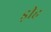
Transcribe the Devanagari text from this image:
ड़ीह